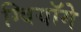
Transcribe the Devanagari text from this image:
ग्वियॉमे